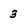
Character: 3